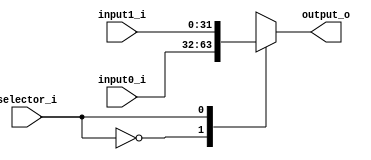
module g_mux2(
	input [31:0] input0_i,
	input [31:0] input1_i,
	input [0:0] selector_i,
	output reg [31:0] output_o
);
	always @(*) begin
		case(selector_i)
			1'b0: output_o <= input0_i;
			1'b1: output_o <= input1_i;
		endcase
	end
endmodule